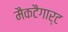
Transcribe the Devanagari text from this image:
मैकटैगार्ट